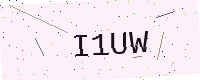
Text: I1UW